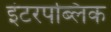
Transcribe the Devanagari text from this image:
इंटरपब्लिक